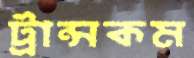
ট্রান্সকম